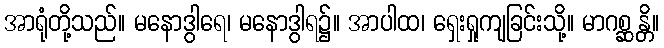
အာရုံတို့သည်။ မနောဒွါရေ၊ မနောဒွါရ၌။ အာပါထ၊ ရှေးရှုကျခြင်းသို့။ မာဂစ္ဆန္တိ။